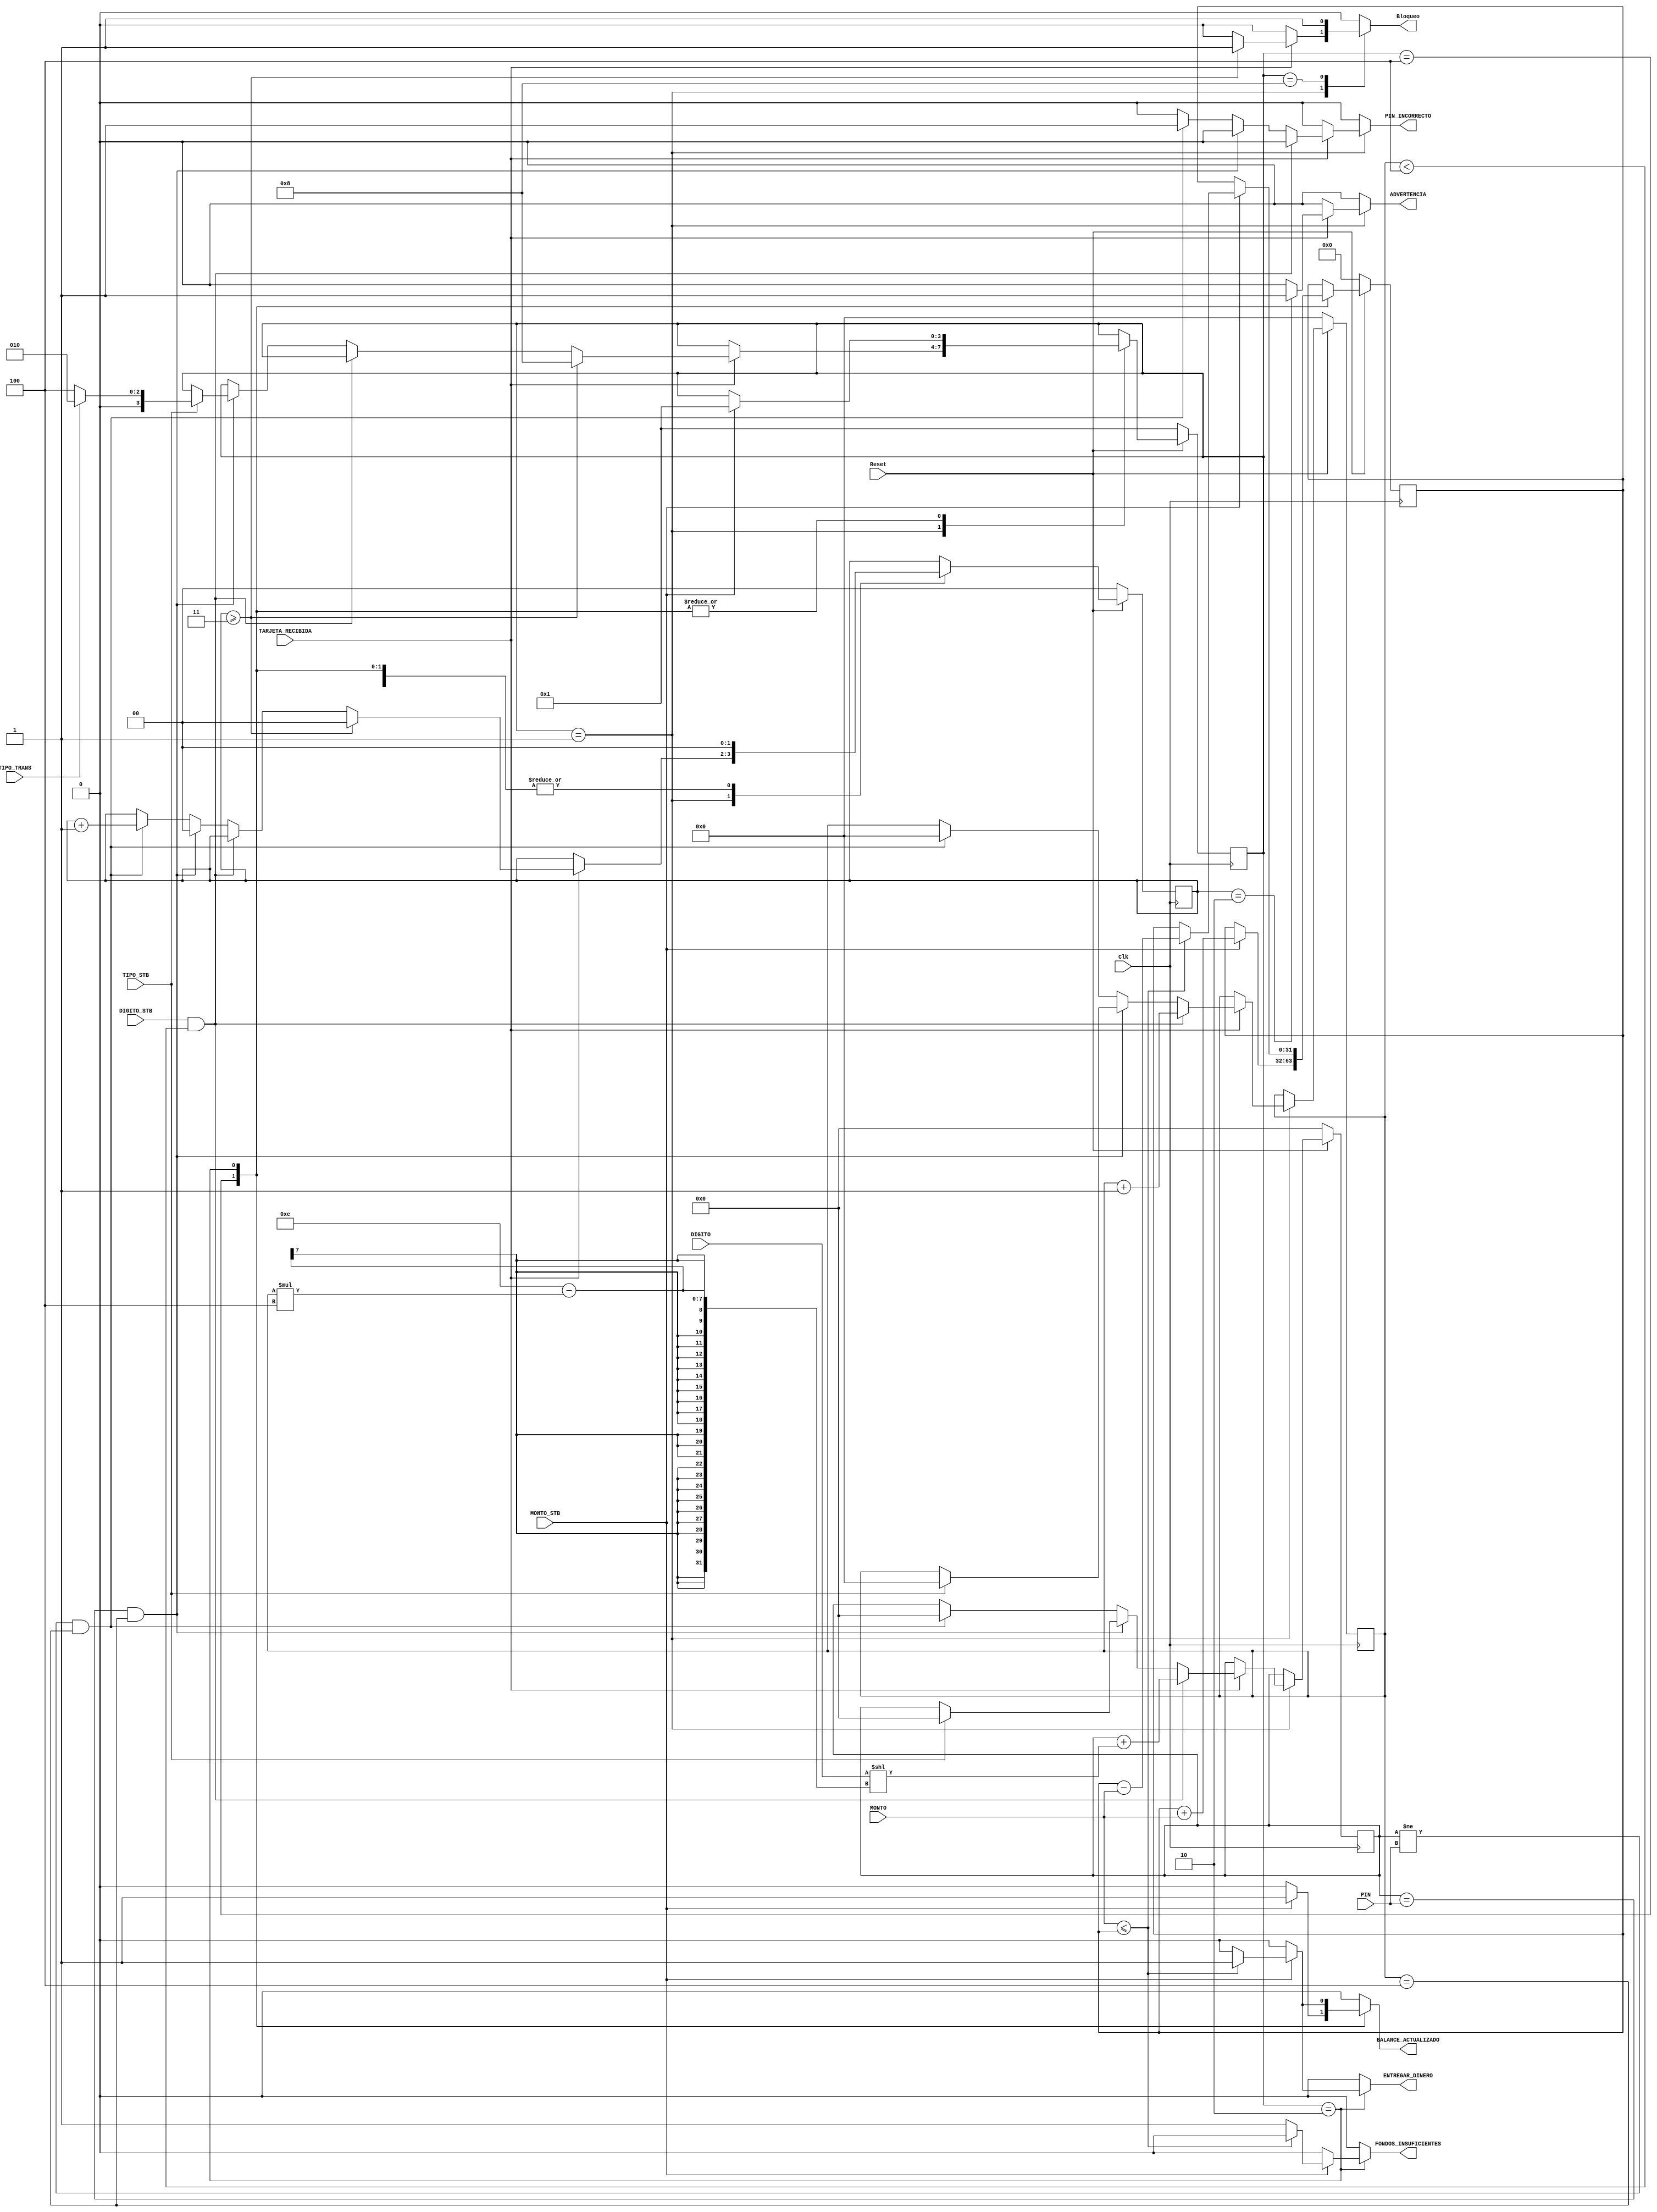
/*Paulette Prez Monge- Carnet B95916
Tarea 3 - Digitales 2
Cajero automtico 
Maquina Mealy */

module cajero(
	Clk, Reset, PIN, TARJETA_RECIBIDA, TIPO_TRANS, DIGITO, DIGITO_STB, 
  MONTO, MONTO_STB, BALANCE_ACTUALIZADO, ENTREGAR_DINERO, FONDOS_INSUFICIENTES,
  PIN_INCORRECTO, ADVERTENCIA, Bloqueo, TIPO_STB
);

input Clk, Reset, TARJETA_RECIBIDA, TIPO_TRANS, DIGITO_STB, MONTO_STB, TIPO_STB;
input [15:0] PIN;
input [3:0] DIGITO;
input [31:0] MONTO;
output reg BALANCE_ACTUALIZADO, ENTREGAR_DINERO, FONDOS_INSUFICIENTES, PIN_INCORRECTO, ADVERTENCIA, Bloqueo;

reg [3:0] state;
reg [3:0] nxt_state;
reg [1:0] incorrecto; 
reg [1:0] nxt_incorrecto;
reg [3:0] n_dig; 
reg [3:0] nxt_n_dig; 
reg [31:0] balance; 
reg [31:0] nxt_balance; 
reg [15:0] pinCOMPLETO; 
reg [15:0] nxt_pinCOMPLETO; 

// Asignacin de estados
parameter	IDLE =4'b0001;
parameter	RETIRO =4'b0010;
parameter	DEPOSITO=4'b0100;
parameter	BLOQUEADO=4'b1000;


//Memoria de estados
always @(posedge Clk) begin

  if (Reset==0)begin
    state  <= IDLE; // si hay un reset 0 empezamos con estado de espera
    incorrecto <= 0; //y con los contadores en 0
    n_dig <= 0; // 
    balance <= 0; // el balance poda tener cualquier valor inicial
    pinCOMPLETO <= 0; 
    
  end else begin
    state  <= nxt_state;  //sino se desactiva el reset, vamos al proximo estado en memoria
    incorrecto <= nxt_incorrecto;  
    n_dig <= nxt_n_dig; // Asigna el valor prximo de nxt_n_dig a n_dig
    balance <= nxt_balance; // Asigna el valor prximo de nxt_balance a balance
    pinCOMPLETO <= nxt_pinCOMPLETO; // Asigna el valor prximo de nxt_pinCOMPLETO a pinCOMPLETO
    
  end
end


//logica combinacional
always @(*) begin
  //por defecto
  nxt_state = state;  
  nxt_incorrecto = incorrecto;
  nxt_n_dig = n_dig; // Asigna el valor actual de n_dig a nxt_n_dig
  nxt_balance = balance; // Asigna el valor actual de balance a nxt_balance
  nxt_pinCOMPLETO = pinCOMPLETO; // Asigna el valor actual de pinCOMPLETO a nxt_pinCOMPLETO


  BALANCE_ACTUALIZADO = 1'b0;
  ENTREGAR_DINERO = 1'b0;
  FONDOS_INSUFICIENTES = 1'b0;
  PIN_INCORRECTO = 1'b0;
  ADVERTENCIA = 1'b0;
  Bloqueo = 1'b0;

  case (state)
    IDLE: begin 
      BALANCE_ACTUALIZADO = 1'b0;
      ENTREGAR_DINERO = 1'b0;
      FONDOS_INSUFICIENTES = 1'b0;
      PIN_INCORRECTO = 1'b0;
      ADVERTENCIA = 1'b0;
      Bloqueo = 1'b0;
        if (TARJETA_RECIBIDA) begin
          if ((DIGITO_STB) && (n_dig<4)) begin //si no es el cuarto dgito
              nxt_pinCOMPLETO = pinCOMPLETO+(DIGITO << (12-n_dig * 4));//***revisando
              nxt_n_dig=n_dig+1;     //hay que sacar el resto del strobe    
            end   //calculamos en el siguiente ciclo de reloj, cuando se vuelva 4
          else if ((pinCOMPLETO==PIN)&&(n_dig==4)) begin
            nxt_incorrecto = 2'b00; //Cuando se ingresa la clave correcta se debe limpiar el contador de pines incorrectos
            if (TIPO_STB==1'b1) begin //le pedimos al cliente que avance la transaccin
              nxt_n_dig=0;
              nxt_pinCOMPLETO=0; //ya que se evalu el pin completo, se puede limpiar
              if (TIPO_TRANS==1'b0) nxt_state = DEPOSITO;
              else nxt_state = RETIRO;
            end
            
            end 
          else if ((pinCOMPLETO!=PIN)&&(n_dig==4)) begin
            nxt_incorrecto = incorrecto+1;
            PIN_INCORRECTO = 1'b1;
            nxt_n_dig=0;
            nxt_pinCOMPLETO=0;
            end
          //****estas hay que hacerlas independietemente de lo anterior
          if (incorrecto==2) ADVERTENCIA = 1'b1; 
          if (incorrecto>=3) begin //***usamos el nxt?? 
            nxt_state = BLOQUEADO; //si es el tercer pin incorrecto se va al estado bloqueo
            Bloqueo=1'b1; //output***est en veremos
            nxt_incorrecto=2'b0;//limpiamos el contador de pin incorrecto
            end   
          end
          //si no se ha dado el digito, no hacer nada, porque no se ha ingresado nada
        end

     

    DEPOSITO:	begin
      BALANCE_ACTUALIZADO = 1'b0;
      ENTREGAR_DINERO = 1'b0;
      FONDOS_INSUFICIENTES = 1'b0;
      PIN_INCORRECTO = 1'b0;
      ADVERTENCIA = 1'b0;
      Bloqueo = 1'b0;
      nxt_incorrecto = 2'b00; //cuando se hace una transaccin se limpia el contador*
      if (MONTO_STB)
        begin
          nxt_balance=balance+MONTO;
          BALANCE_ACTUALIZADO=1'b1;
          nxt_state=IDLE;
        end
        // no hay else porque si no ha terminado de entrar, la compuerta sigue abierta
    end

    RETIRO:	begin
      BALANCE_ACTUALIZADO = 1'b0;
      ENTREGAR_DINERO = 1'b0;
      FONDOS_INSUFICIENTES = 1'b0;
      PIN_INCORRECTO = 1'b0;
      ADVERTENCIA = 1'b0;
      Bloqueo = 1'b0;
      nxt_incorrecto = 2'b00; //cuando se hace una transaccin se limpia el contador*
      if (MONTO_STB)begin
        if (MONTO<=balance)begin
          nxt_balance=balance-MONTO;//le restamos el monto al balance
          BALANCE_ACTUALIZADO=1'b1;
          ENTREGAR_DINERO=1'b1;
          nxt_state=IDLE;
        end else begin
          FONDOS_INSUFICIENTES=1'b1;
          nxt_state=IDLE;
        end
      end
          
          
        // no hay else porque si no ha terminado de entrar, la compuerta sigue abierta
    end

    BLOQUEADO: begin
      BALANCE_ACTUALIZADO = 1'b0;
      ENTREGAR_DINERO = 1'b0;
      FONDOS_INSUFICIENTES = 1'b0;
      PIN_INCORRECTO = 1'b0;
      ADVERTENCIA = 1'b0;
      Bloqueo = 1'b1;
      nxt_incorrecto = 2'b00;
    end
    default nxt_state = state;
  endcase  
end

endmodule